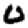
Digit: 0